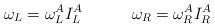
LaTeX: \begin{align*}\omega _L=\omega _L^AI_L^A\quad \quad \quad \omega _R=\omega _R^AI_R^A\end{align*}